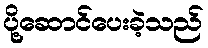
ပို့ဆောင်ပေးခဲ့သည်